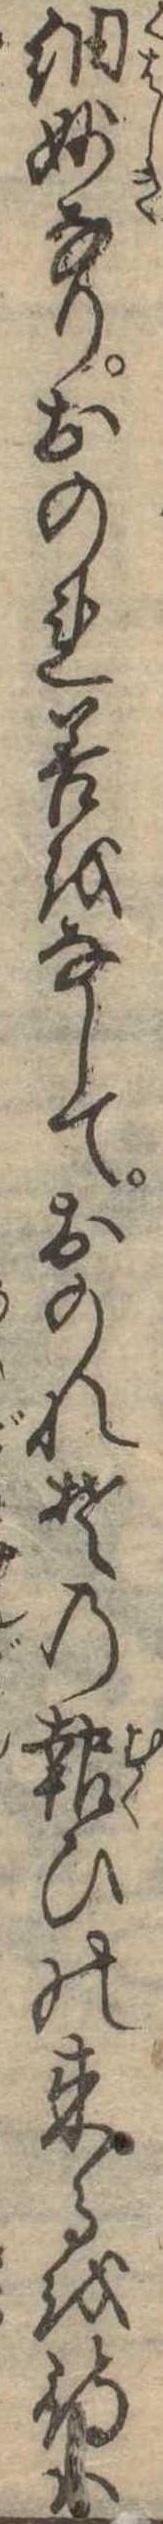
細妙なりおのれ善をなしておのれその報ひの来るを待は